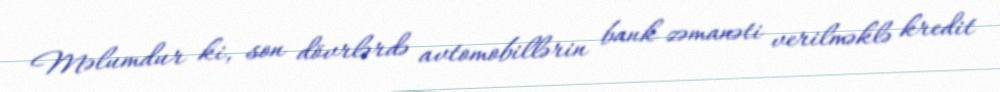
Məlumdur ki, son dövrlərdə avtomobillərin bank zəmanəti verilməklə kredit